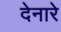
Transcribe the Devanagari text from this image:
देनारे